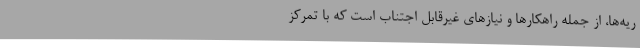
ریه‌ها، از جمله راهکارها و نیازهای غیرقابل اجتناب است که با تمرکز